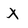
Character: X